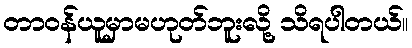
တာဝန်ယူမှာမဟုတ်ဘူးလို့ သိရပါတယ်။